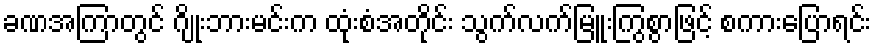
ခဏအကြာတွင် ဂျိုးဘားမင်းက ထုံးစံအတိုင်း သွက်လက်မြူးကြွစွာဖြင့် စကားပြောရင်း